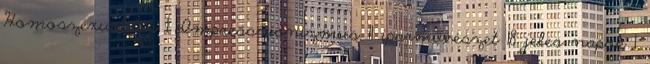
Homoszexualitás 1 Impresszionizmus 11 iparművészet 18 jeles napok 1